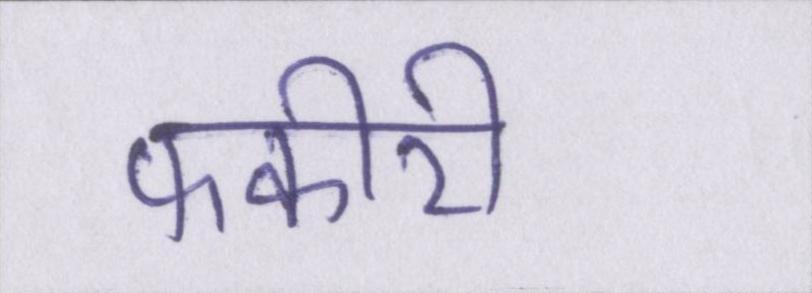
फकीरी